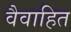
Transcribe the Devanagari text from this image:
वैवाहित